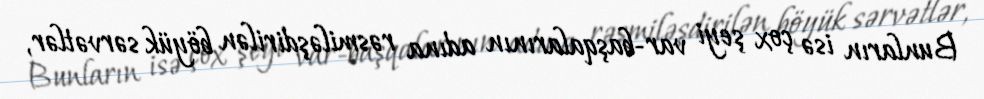
Bunların isə çox şeyi var-başqalarının adına rəsmiləşdirilən böyük sərvətlər,